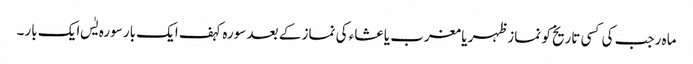
ماہ رجب کی کسی تاریخ کو نماز ظہر یا مغرب یا عشاء کی نماز کے بعد سورہ کہف ایک بار سورہ یٰس ایک بار۔